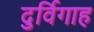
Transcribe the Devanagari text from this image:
दुर्विगाह